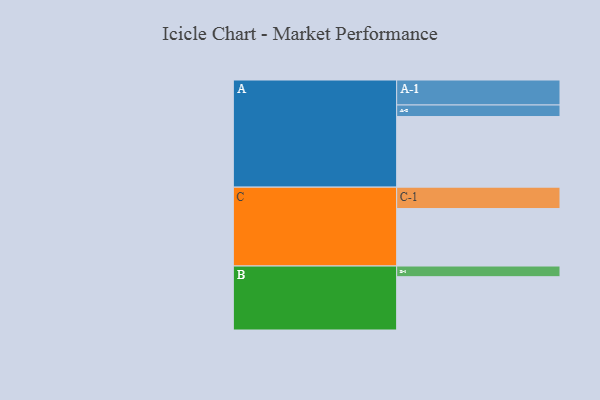
{"axis": {"x": "Segment", "y": "Value"}, "legend": ["", "A", "B", "C"], "data": [{"x": "A", "y": 489, "type": ""}, {"x": "B", "y": 369, "type": ""}, {"x": "C", "y": 398, "type": ""}, {"x": "A-1", "y": 173, "type": "A"}, {"x": "A-2", "y": 80, "type": "A"}, {"x": "B-1", "y": 74, "type": "B"}, {"x": "C-1", "y": 148, "type": "C"}]}